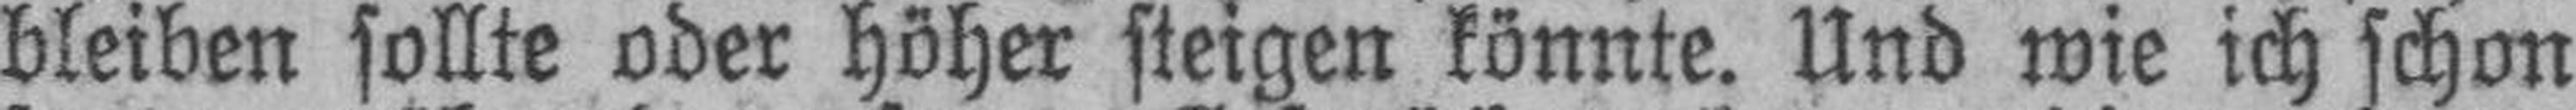
bleiben sollte oder höher steigen könnte. Und wie ich schon